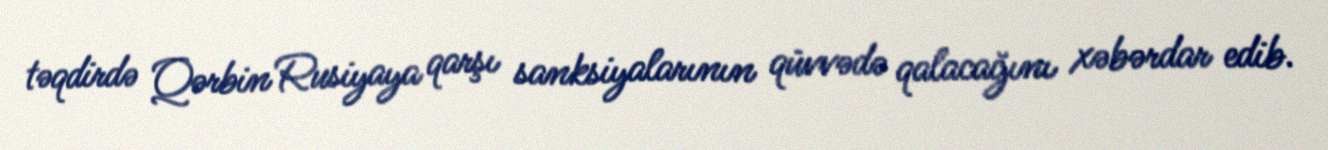
təqdirdə Qərbin Rusiyaya qarşı sanksiyalarının qüvvədə qalacağını xəbərdar edib.